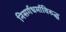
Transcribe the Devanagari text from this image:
निसर्गधर्माविरुद्ध